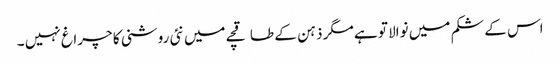
اس کے شکم میں نوالا تو ہے مگر ذہن کے طاقچے میں نئی روشنی کا چراغ نہیں ۔